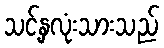
သင့်နှလုံးသားသည်